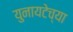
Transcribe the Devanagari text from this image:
युनायटेच्या